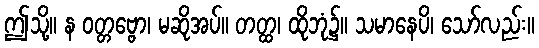
ဤသို့။ န ဝတ္တဗ္ဗော၊ မဆိုအပ်။ တတ္ထ၊ ထိုဘုံ၌။ သမာနေပိ၊ သော်လည်း။